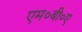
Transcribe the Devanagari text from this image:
एम०बी०ए